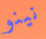
نينو